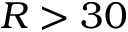
R > 3 0